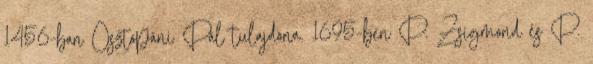
1456-ban Osztopáni Pál tulajdona. 1695-ben P. Zsigmond és P.